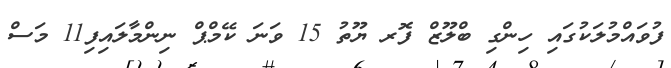
ފުވައްމުލަކުގައި ހިންގި ބްލޫޒް ފޮރ ޔޫތު 15 ވަނަ ކޭމްޕް ނިންމާލައިފި11 މަސް